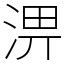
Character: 淠